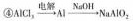
④$$A l C l _ { 3 } \xrightarrow { 电 解 } A l \xrightarrow { N a O H } N a A l O _ { 2 }$$